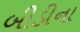
બીડીના